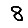
Digit: 8